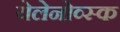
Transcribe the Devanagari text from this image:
येलेनोव्स्क